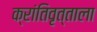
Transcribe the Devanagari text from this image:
क्रांतिवृत्ताला